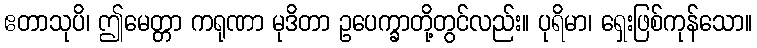
ဧတာသုပိ၊ ဤမေတ္တာ ကရုဏာ မုဒိတာ ဥပေက္ခာတို့တွင်လည်း။ ပုရိမာ၊ ရှေးဖြစ်ကုန်သော။